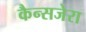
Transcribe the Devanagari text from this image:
कैन्सजेरा